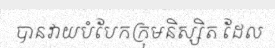
បានវាយបំបែកក្រុមនិស្សិត ដែល